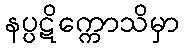
နပ္ပဋိက္ကောသိမှာ